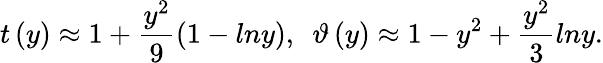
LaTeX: {t}\left(y\right)\approx 1+\frac{y^{2}}{9}\left(1-lny\right),~~\vartheta\left(y\right)\approx 1-y^{2}+\frac{y^{2}}{3}lny.